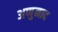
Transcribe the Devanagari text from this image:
अणुनाद